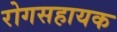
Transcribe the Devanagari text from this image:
रोगसहायक